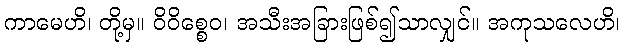
ကာမေဟိ၊ တို့မှ။ ဝိဝိစ္စေဝ၊ အသီးအခြားဖြစ်၍သာလျှင်။ အကုသလေဟိ၊